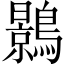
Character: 𪆣